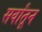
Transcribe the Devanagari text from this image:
सर्वांतून